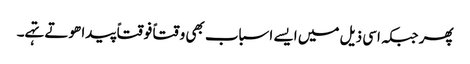
پھر جبکہ اسی ذیل میں ایسے اسباب بھی وقتاً فوقتاً پیدا ھوتے تہے۔